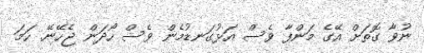
ނުވާ ގޮތަށް އޭގެ މަންފާ ވެސް އަޅުގަނޑުމެން ވެސް ހޯދަން ޖެހޭނޭ. ހަމަ